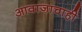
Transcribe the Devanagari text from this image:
आवाजाचाही